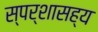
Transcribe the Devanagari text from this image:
स्पर्शासह्य